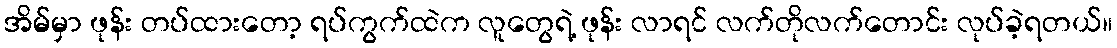
အိမ်မှာ ဖုန်း တပ်ထားတော့ ရပ်ကွက်ထဲက လူတွေရဲ့ ဖုန်း လာရင် လက်တိုလက်တောင်း လုပ်ခဲ့ရတယ်။